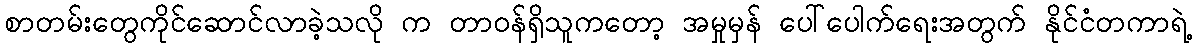
စာတမ်းတွေကိုင်ဆောင်လာခဲ့သလို က တာဝန်ရှိသူကတော့ အမှုမှန် ပေါ်ပေါက်ရေးအတွက် နိုင်ငံတကာရဲ့